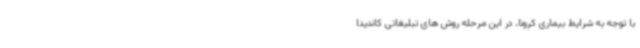
با توجه به شرایط بیماری کرونا، در این مرحله روش های تبلیغاتی کاندیدا